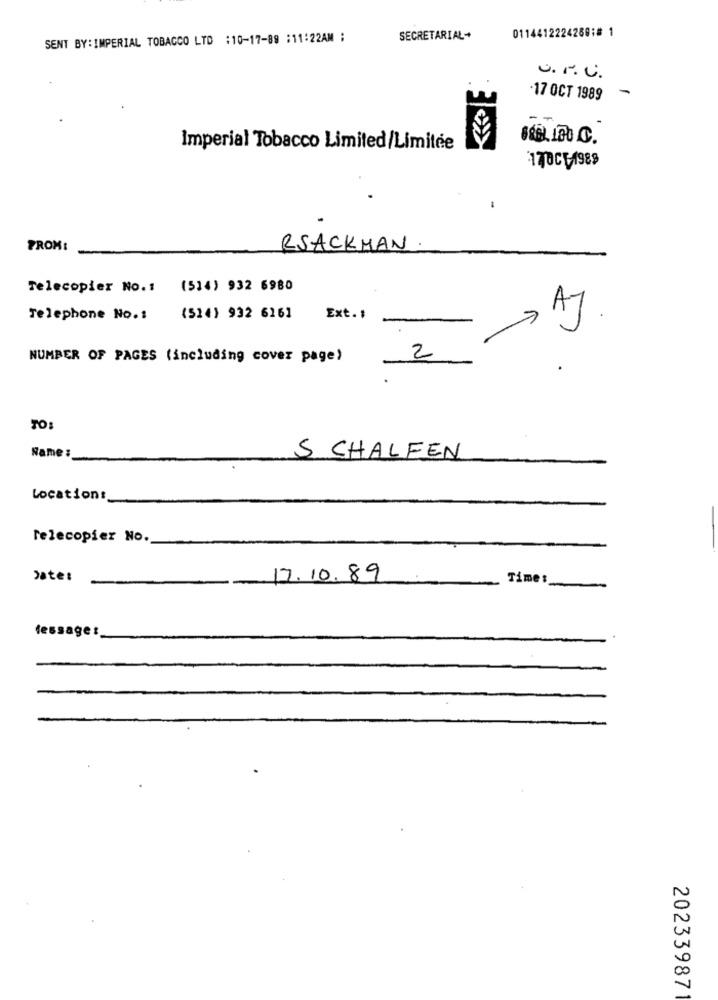
011441222428818 1
SENT BY: IMPERIAL TOBACCO LTD :10-17-89 :11:22AM :
SECRETARIAL+
U.M.C.
-17 OCT 1989
8 661. 100.C.
Imperial Tobacco Limited/Limitée
170CE-1989
1
FROM:
RSACKMAN
Telecopier No. 1
(514) 932 6980
Telephone No.1
(514) 932 6161
Ext. #
> AJ
NUMBER OF PAGES (including cover page)
2
TO:
Name :
5 CHALFEN
Locations
Telecopier No.
Date:
17. 10. 89
Time:
dessaget_
20233987